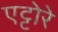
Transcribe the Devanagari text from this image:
एट्टोरे